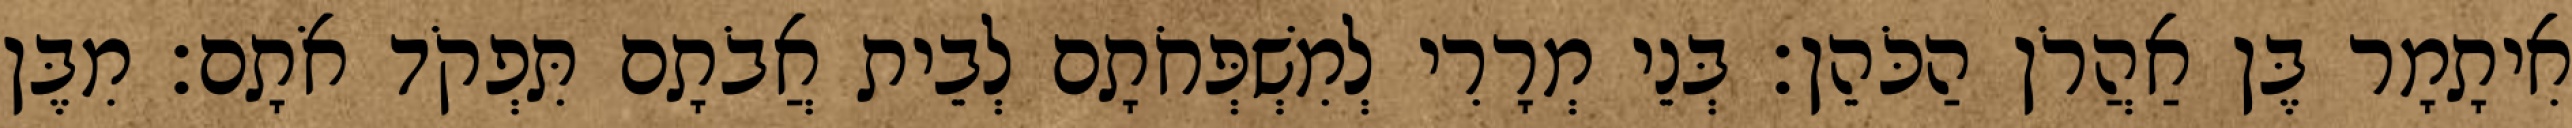
אִיתָמָר בֶּן אַהֲרֹן הַכֹּהֵן׃ בְּנֵי מְרָרִי לְמִשְׁפְּחֹתָם לְבֵית אֲבֹתָם תִּפְקֹד אֹתָם׃ מִבֶּן